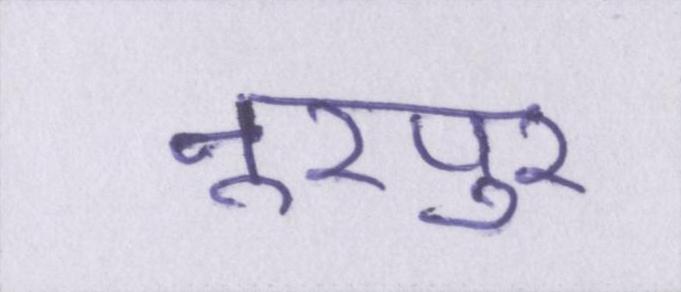
नूरपुर